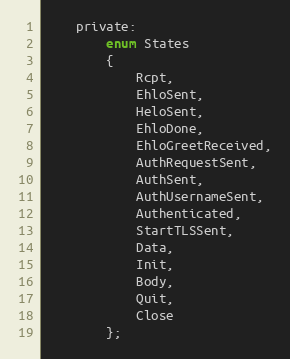
Language: C
    private:
        enum States
        {
            Rcpt,
            EhloSent,
            HeloSent,
            EhloDone,
            EhloGreetReceived,
            AuthRequestSent,
            AuthSent,
            AuthUsernameSent,
            Authenticated,
            StartTLSSent,
            Data,
            Init,
            Body,
            Quit,
            Close
        };